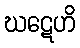
ဃဋေဟိ